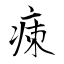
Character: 㾊